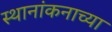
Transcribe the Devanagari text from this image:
स्थानांकनाच्या